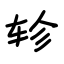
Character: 轸